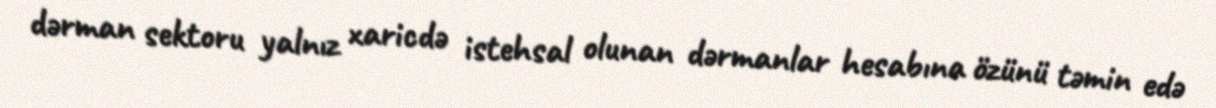
dərman sektoru yalnız xaricdə istehsal olunan dərmanlar hesabına özünü təmin edə